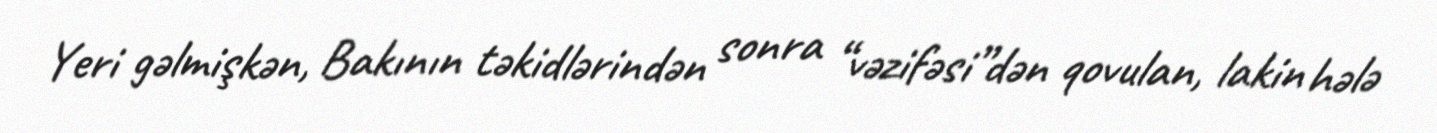
Yeri gəlmişkən, Bakının təkidlərindən sonra “vəzifəsi”dən qovulan, lakin hələ